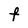
Character: F